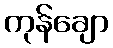
ကုန်ချော